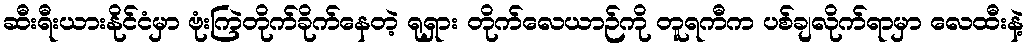
ဆီးရီးယားနိုင်ငံမှာ ဗုံးကြဲတိုက်ခိုက်နေတဲ့ ရုရှား တိုက်လေယာဉ်ကို တူရကီက ပစ်ချလိုက်ရာမှာ လေထီးနဲ့